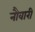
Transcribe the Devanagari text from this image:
नौवारी